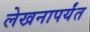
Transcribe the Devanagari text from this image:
लेखनापर्यंत